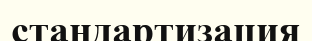
стандартизация